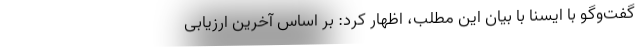
گفت‌وگو با ایسنا با بیان این مطلب، اظهار کرد: بر اساس آخرین ارزیابی